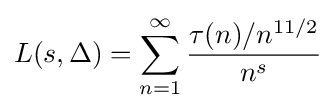
L(s,\Delta )=\sum _{n=1}^{\infty }{\frac {\tau (n)/n^{11/2}}{n^{s}}}